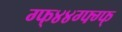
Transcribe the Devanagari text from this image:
ग्फ्४४ग्फ्ग्फ्